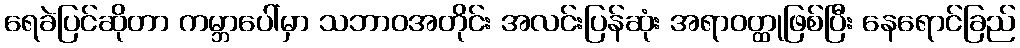
ရေခဲပြင်ဆိုတာ ကမ္ဘာပေါ်မှာ သဘာဝအတိုင်း အလင်းပြန်ဆုံး အရာဝတ္ထုဖြစ်ပြီး နေရောင်ခြည်